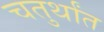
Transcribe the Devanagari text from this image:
चतुर्थांत